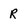
Character: R